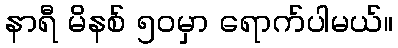
နာရီ မိနစ် ၅၀မှာ ရောက်ပါမယ်။